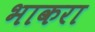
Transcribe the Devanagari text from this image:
भाकरा